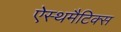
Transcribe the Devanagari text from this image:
ऐस्थमैटिक्स